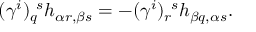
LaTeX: ( \gamma ^ { i } ) _ { q } ^ { ~ s } h _ { \alpha r , \beta s } = - ( \gamma ^ { i } ) _ { r } ^ { ~ s } h _ { \beta q , \alpha s } .